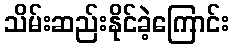
သိမ်းဆည်းနိုင်ခဲ့ကြောင်း